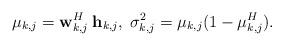
LaTeX: \begin{align*}\mu_{k,j} = \mathbf{w}_{k,j}^H \: \mathbf{h}_{k,j}, \; \sigma^2_{k,j} = \mu_{k,j} (1-\mu_{k,j}^H).\end{align*}